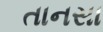
તાનસા